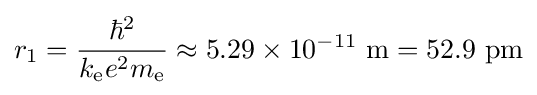
r_{1}={\frac {\hbar ^{2}}{k_{\mathrm {e} }e^{2}m_{\mathrm {e} }}}\approx 5.29\times 10^{-11}~\mathrm {m} =52.9~\mathrm {pm}